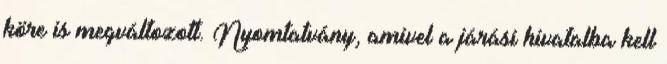
köre is megváltozott. Nyomtatvány, amivel a járási hivatalba kell